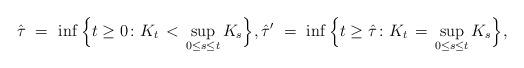
LaTeX: \begin{align*}\hat\tau \ = \ \inf\Big\{t\geq0\colon K_t\,<\,\sup_{0\leq s\leq t}K_s\Big\}, \hat\tau' \ = \ \inf\Big\{t\geq\hat\tau\colon K_t\,=\,\sup_{0\leq s\leq t}K_s\Big\},\end{align*}